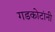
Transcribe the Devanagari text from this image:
गडकोटांनी